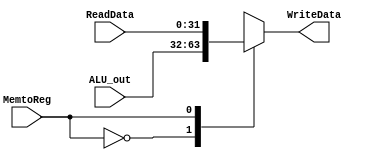
`timescale 1ns / 1ns
//////////////////////////////////////////////////////////////////////////////////
// Company: 
// Engineer: 
// 
// Design Name: 
// Module Name:    WB_mux 
// Project Name: 
// Target Devices: 
// Tool versions: 
// Description: 
//
// Dependencies: 
//
// Revision: 
// Revision 0.01 - File Created
// Additional Comments: 
//
//////////////////////////////////////////////////////////////////////////////////
module WB_mux(
	ReadData, ALU_out, WriteData, MemtoReg
    );
	 
	 //input clock;
	 input [31:0] ReadData, ALU_out;
	 output reg[31:0] WriteData;
	 input MemtoReg;
	 /*reg MemtoReg_d;
	 wire MemtoReg_w;
	 
	 always@(posedge clock) begin
		MemtoReg_d <= MemtoReg;
	 end
	 
	 assign MemtoReg_w = MemtoReg ? MemtoReg_d : MemtoReg;
	 */
	 always@(*) begin
		case(MemtoReg) 
			1'b0: WriteData = ALU_out;
			1'b1: WriteData = ReadData;
		endcase
	end


endmodule